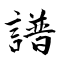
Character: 譜